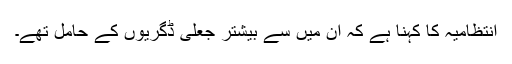
انتظامیہ کا کہنا ہے کہ ان میں سے بیشتر جعلی ڈگریوں کے حامل تھے۔